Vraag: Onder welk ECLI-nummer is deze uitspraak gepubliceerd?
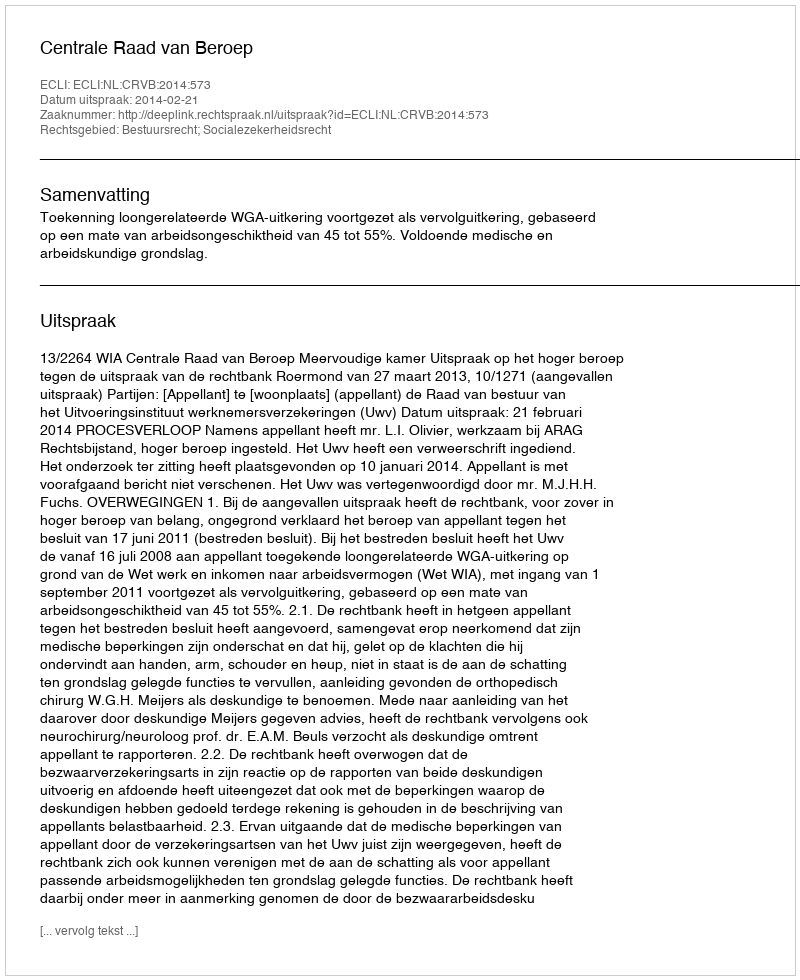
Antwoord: ECLI:NL:CRVB:2014:573